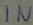
Text: IN